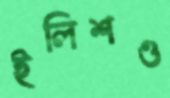
ইলিশও